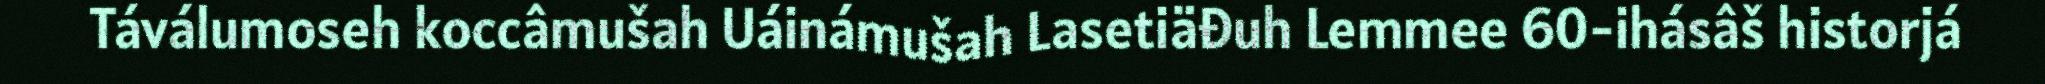
Táválumoseh koccâmušah Uáinámušah Lasetiäđuh Lemmee 60-ihásâš historjá